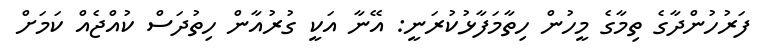
ފަރުހުންދާގެ ތިމާގެ މީހުން ހިތާމަފާޅުކުރަނީ: އޭނާ އަކީ ގުރުއާން ހިތުދަސް ކުއްޖެއް ކަމަށް